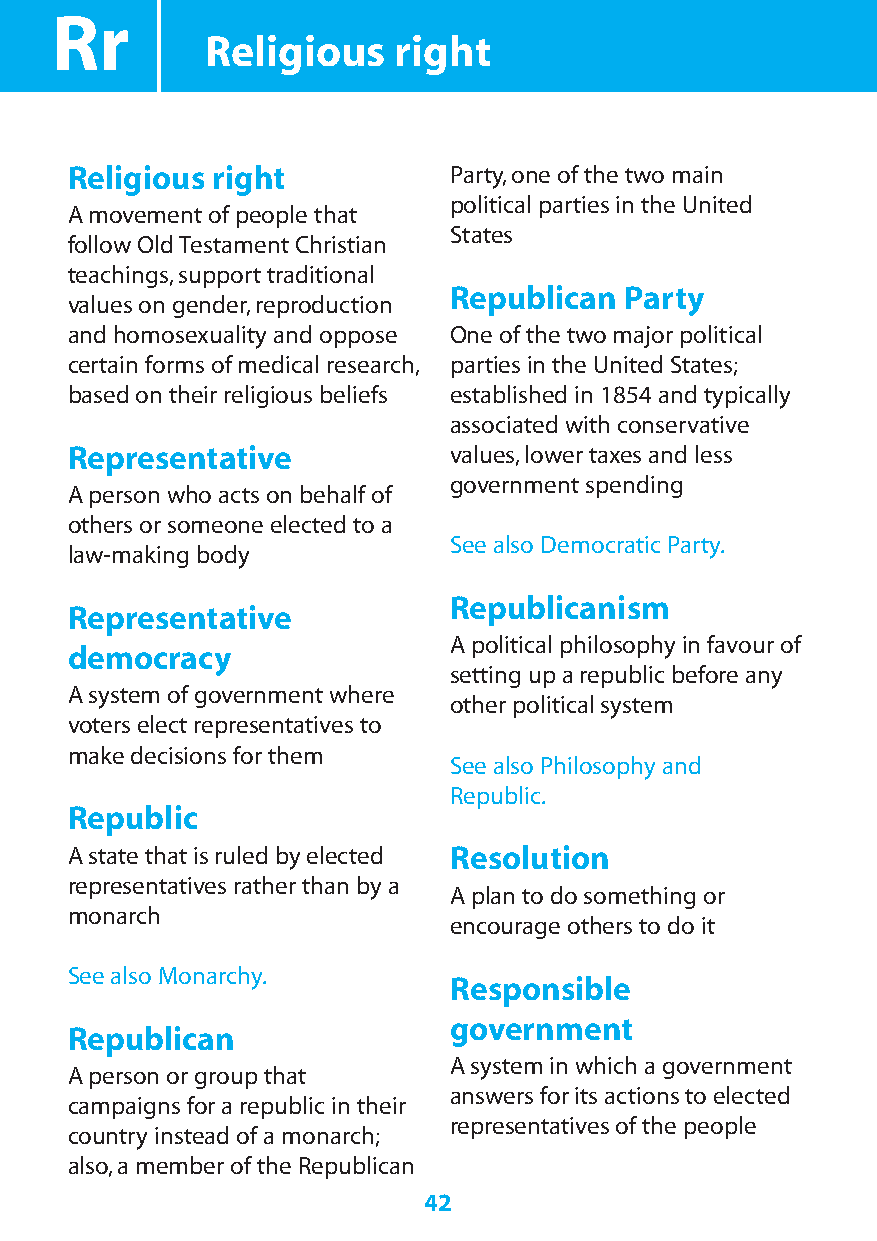
Rr
 Religious   right
 Religious right           Party,one of the two main
 political parties in the United
 A movement of people that
 States
 follow Old Testament Christian
 teachings,support traditional
 Republican Party
 values on gender,reproduction
 and homosexuality and oppose One of the two major political
 certain forms of medical research, parties in the United States;
 based on their religious beliefs established in 1854 and typically
 associated with conservative
 Representative            values,lower taxes and less
 government spending
 A person who acts on behalf of
 others or someone elected to a
 See also Democratic Party.
 law-making body
 Republicanism
 Representative
 A political philosophy in favour of
 democracy
 setting up a republic before any
 A system of government where
 other political system
 voters elect representatives to
 make decisions for them
 See also Philosophy and
 Republic.
 Republic
 A state that is ruled by elected Resolution
 representatives rather than by a
 A plan to do something or
 monarch
 encourage others to do it
 See also Monarchy.
 Responsible
 government
 Republican
 A system in which a government
 A person or group that
 answers for its actions to elected
 campaigns for a republic in their
 representatives of the people
 country instead of a monarch;
 also,a member of the Republican
 42